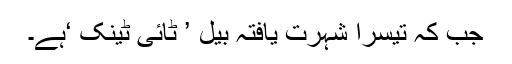
​جب کہ تیسرا شہرت یافتہ بیل ’ ٹائی ٹینک ‘ہے۔